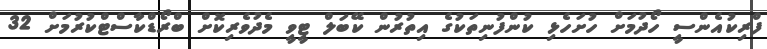
ފްރިކުއެންސީ ހޯދުމަށް ހުށަހެޅި ކުންފުނިތަކުގެ އިތުރުން ކޭބަލް ޓީވީ މެދުވެރިކޮށް ބްރޯޑްކާސްޓްކުރުމަށް 32